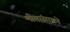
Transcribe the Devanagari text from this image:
मीमांसाकाे